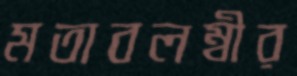
মতাবলম্বীর